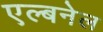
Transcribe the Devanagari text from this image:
एल्बनेल